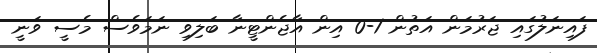
ފައިނަލުގައި ޖަރުމަން އަތުން 1-0 އިން އާޖެންޓީނާ ބަލިވި ނަމަވެސް މެސީ ވަނީ